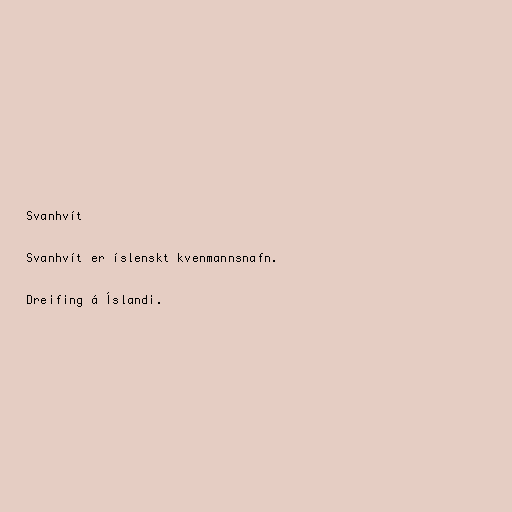
Svanhvít

Svanhvít er íslenskt kvenmannsnafn.

Dreifing á Íslandi.